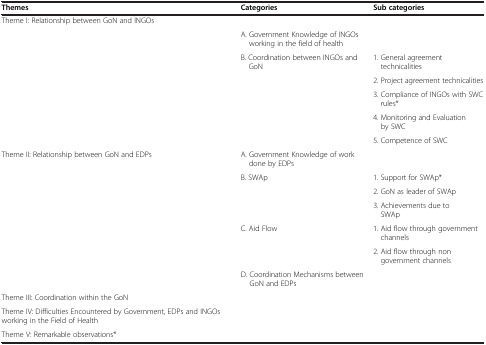
| Themes | Categories | Sub categories |
 | --- | --- | --- |
 | Theme I: Relationship between GoN and INGOs | <COLSPAN=2>  |
 | <ROWSPAN=6>  | A. Government Knowledge of INGOs working in the field of health |  |
 | <ROWSPAN=5> B. Coordination between INGOs andGoN | 1. General agreement technicalities |
 | 2. Project agreement technicalities |
 | 3. Compliance of INGOs with SWC rules* |
 | 4. Monitoring and Evaluation by SWC |
 | 5. Competence of SWC |
 | Theme II: Relationship between GoN and EDPs | A. Government Knowledge of work done by EDPs |  |
 | <ROWSPAN=6>  | <ROWSPAN=3> B. SWAp | 1. Support for SWAp* |
 | 2. GoN as leader of SWAp |
 | 3. Achievements due to SWAp |
 | <ROWSPAN=2> C. Aid Flow | 1. Aid flow through government channels |
 | 2. Aid flow through non government channels |
 | D. Coordination Mechanisms between GoN and EDPs |  |
 | Theme III: Coordination within the GoN | <COLSPAN=2>  |
 | Theme IV: Difficulties Encountered by Government, EDPs and INGOs working in the Field of Health | <COLSPAN=2>  |
 | Theme V: Remarkable observations* | <COLSPAN=2>  |